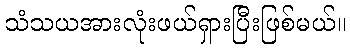
သံသယအားလုံးဖယ်ရှားပြီးဖြစ်မယ်။